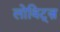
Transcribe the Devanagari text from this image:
लोविट्ज़